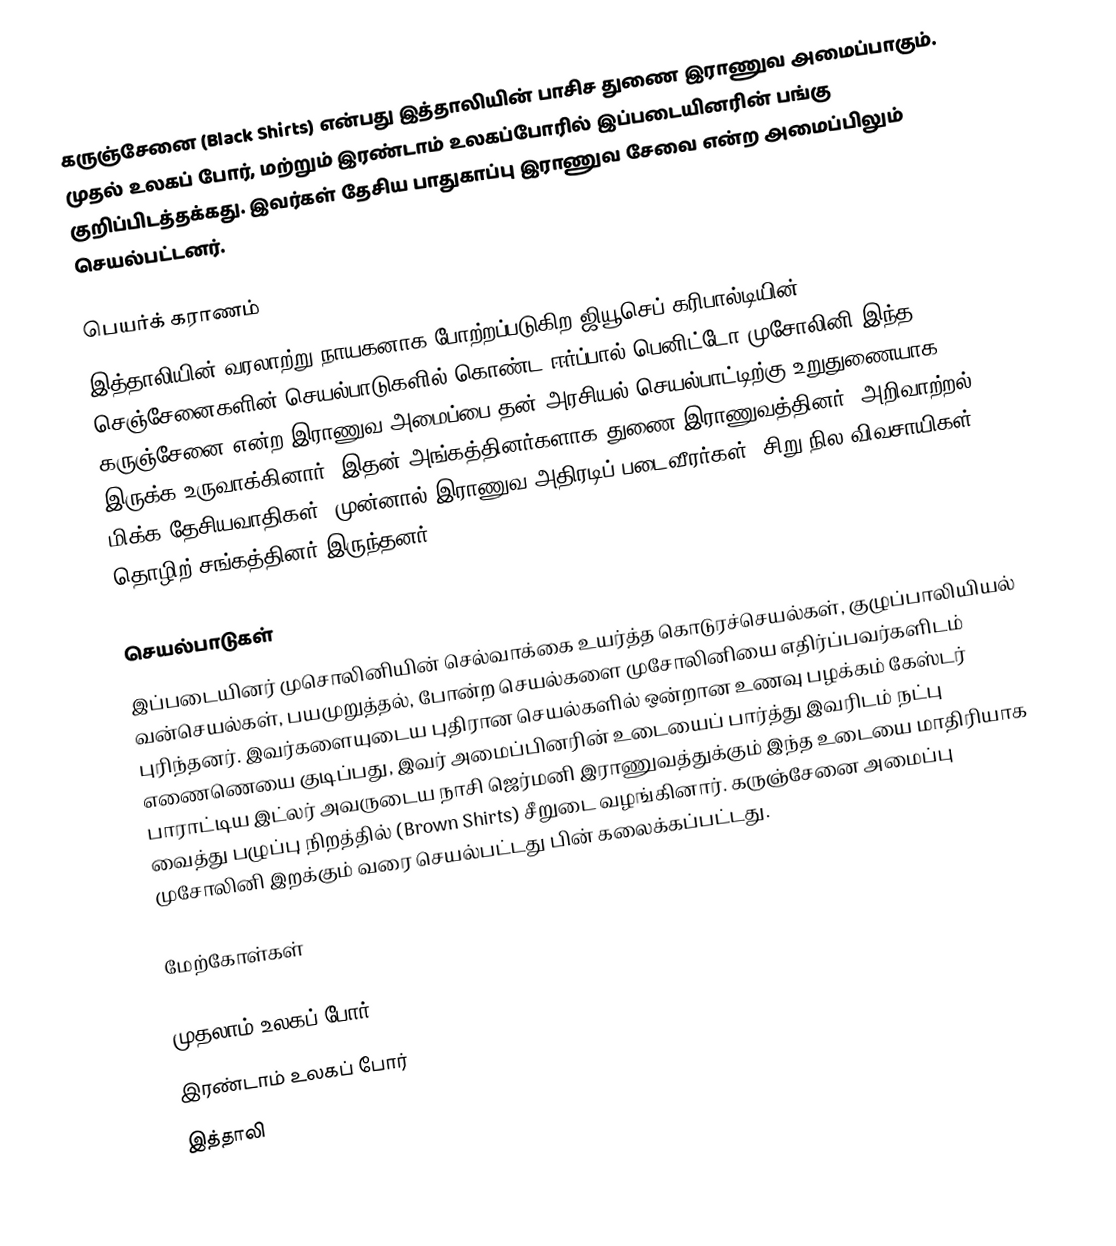
கருஞ்சேனை  (Black Shirts) என்பது இத்தாலியின்  பாசிச துணை இராணுவ அமைப்பாகும். முதல் உலகப் போர், மற்றும் இரண்டாம் உலகப்போரில் இப்படையினரின் பங்கு குறிப்பிடத்தக்கது. இவர்கள் தேசிய பாதுகாப்பு  இராணுவ சேவை என்ற அமைப்பிலும் செயல்பட்டனர்.

பெயர்க் கராணம்
இத்தாலியின் வரலாற்று நாயகனாக போற்றப்படுகிற ஜியூசெப் கரிபால்டியின் செஞ்சேனைகளின் செயல்பாடுகளில் கொண்ட ஈர்ப்பால் பெனிட்டோ முசோலினி இந்த கருஞ்சேனை என்ற இராணுவ அமைப்பை தன் அரசியல் செயல்பாட்டிற்கு உறுதுணையாக இருக்க  உருவாக்கினார். இதன் அங்கத்தினர்களாக துணை இராணுவத்தினர், அறிவாற்றல் மிக்க தேசியவாதிகள், முன்னால் இராணுவ அதிரடிப் படைவீரர்கள், சிறு நில விவசாயிகள், தொழிற் சங்கத்தினர் இருந்தனர்.

செயல்பாடுகள்
இப்படையினர் முசொலினியின் செல்வாக்கை உயர்த்த கொடுரச்செயல்கள், குழுப்பாலியியல் வன்செயல்கள், பயமுறுத்தல், போன்ற செயல்களை முசோலினியை எதிர்ப்பவர்களிடம் புரிந்தனர். இவர்களையுடைய புதிரான செயல்களில் ஒன்றான உணவு பழக்கம் கேஸ்டர் எணைணெயை குடிப்பது, இவர் அமைப்பினரின் உடையைப் பார்த்து இவரிடம் நட்பு பாராட்டிய இட்லர் அவருடைய நாசி ஜெர்மனி இராணுவத்துக்கும் இந்த உடையை மாதிரியாக வைத்து பழுப்பு நிறத்தில் (Brown Shirts) சீறுடை வழங்கினார். கருஞ்சேனை அமைப்பு முசோலினி இறக்கும் வரை செயல்பட்டது பின் கலைக்கப்பட்டது.

மேற்கோள்கள்

முதலாம் உலகப் போர்
இரண்டாம் உலகப் போர்
இத்தாலி